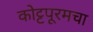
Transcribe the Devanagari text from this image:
कोट्टपूरमचा